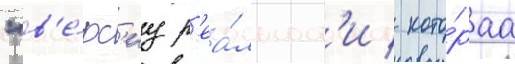
"в'е́рс'иу р'еа́льност'и / кото́раа